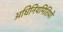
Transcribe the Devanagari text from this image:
अधिनियमितियों